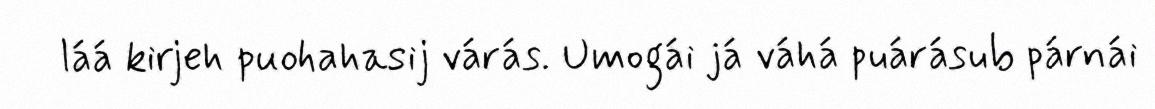
láá kirjeh puohahasij várás. Umogái já váhá puárásub párnái